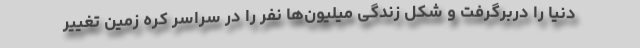
دنیا را دربرگرفت و شکل زندگی میلیون‌ها نفر را در سراسر کره زمین تغییر